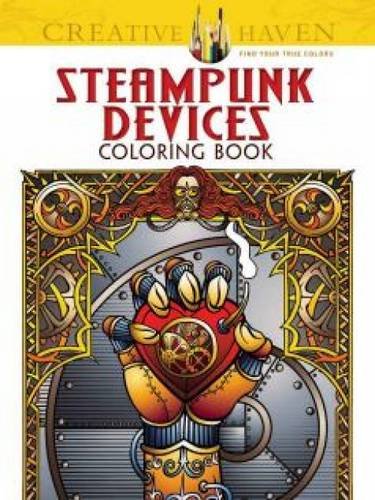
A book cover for Creative Haven Steampunk Devices Coloring Book (Creative Haven Coloring Books); Jeremy Elder; Arts & Photography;